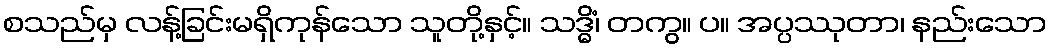
စသည်မှ လန့်ခြင်းမရှိကုန်သော သူတို့နှင့်။ သဒ္ဓိံ၊ တကွ။ ပ။ အပ္ပဿုတာ၊ နည်းသော